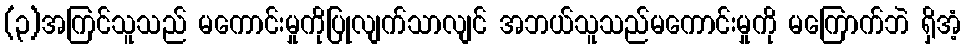
(၃)အကြင်သူသည် မကောင်းမှုကိုပြုလျက်သာလျင် အဘယ်သူသည်မကောင်းမှုကို မကြောက်ဘဲ ရှိအံ့